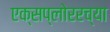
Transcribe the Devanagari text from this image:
एक्सप्लोररच्या